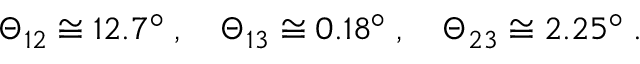
\Theta _ { 1 2 } \cong 1 2 . 7 ^ { \circ } \; , \quad \Theta _ { 1 3 } \cong 0 . 1 8 ^ { \circ } \; , \quad \Theta _ { 2 3 } \cong 2 . 2 5 ^ { \circ } \; .